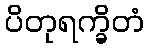
ပိတုရက္ခိတံ